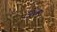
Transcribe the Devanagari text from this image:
अजः